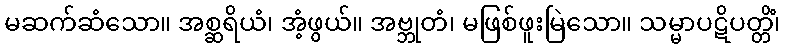
မဆက်ဆံသော။ အစ္ဆရိယံ၊ အံ့ဖွယ်။ အဗ္ဘုတံ၊ မဖြစ်ဖူးမြဲသော။ သမ္မာပဋိပတ္တိံ၊